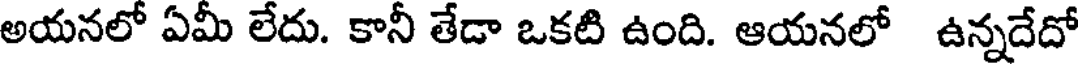
అయనలో ఏమీ లేదు. కానీ తేడా ఒకటి ఉంది. ఆయనలో ఉన్నదేదో